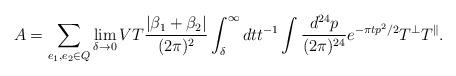
LaTeX: \begin{align*}A=\sum_{e_1,e_2\in Q} \lim_{\delta\rightarrow 0}VT {|\beta_1 +\beta_2|\over (2\pi)^2}\int_\delta^\infty dt t^{-1} \int{d^{24}p\over (2\pi)^{24}} e^{-\pi t p^2/2} T^{\perp} T^{\parallel}.\end{align*}